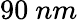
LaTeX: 90\ nm